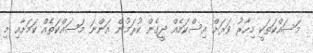
މަސައްކަތަކީ މިހާރު ވަރަށް އިސްކަމެއް ދީގެން ކުރަމުން އަންނަ މަސައްކަތެއް ކަމަށާއި މި